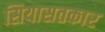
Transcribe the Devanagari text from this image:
सियासतकार